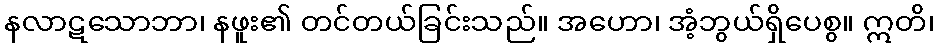
နလာဋသောဘာ၊ နဖူး၏ တင်တယ်ခြင်းသည်။ အဟော၊ အံ့ဘွယ်ရှိပေစွ။ ဣတိ၊